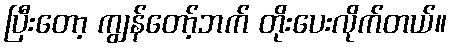
ပြီးတော့ ကျွန်တော့်ဘက် တိုးပေးလိုက်တယ်။